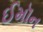
ઈમૉન